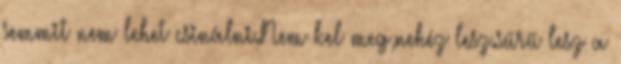
semmit nem lehet csinálni.Nem kel meg,nehéz lesz.sűrű lesz a